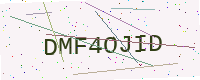
Text: DMF4OJID